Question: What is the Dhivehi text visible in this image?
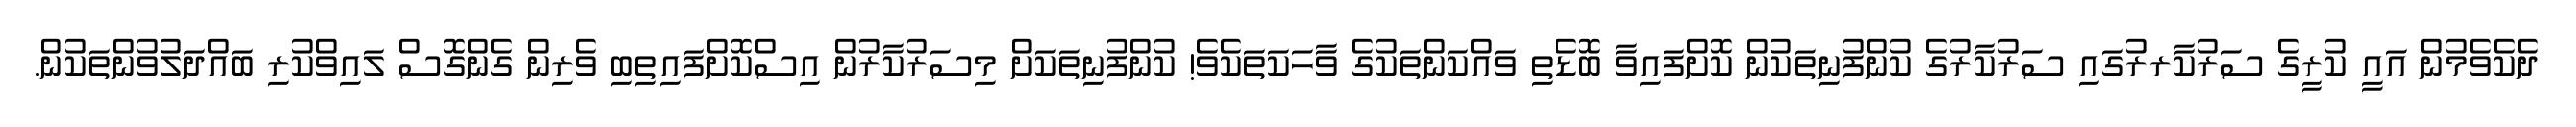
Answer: ދެކެވެމުން އައީ ކުރީގެ ސަރުކާރރުގައި ސަރުކާރުގެ ކުންފުނިތަކުން ކޮށްފައިވާ ބޮޑެތި ވައްކަންތަކުގެ ވާހަކަތަކެވެ! ކުންފުނިތަކަށް މިސަރުކާރުން އިސްކޮށްފައިތިބި ވެރިން ގެންގޮސް ލައިވްކުރި ބައްދަލުވުންތަކުން.